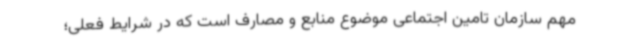
مهم سازمان تامین اجتماعی موضوع منابع و مصارف است که در شرایط فعلی؛